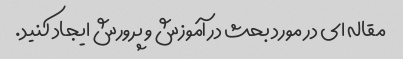
مقاله ای در مورد بحث در آموزش و پرورش ایجاد کنید.